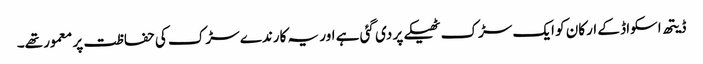
ڈیتھ اسکواڈ کے ارکان کو ایک سڑک ٹھیکے پر دی گئی ہے اور یہ کارندے سڑک کی حفاظت پر معمور تھے۔